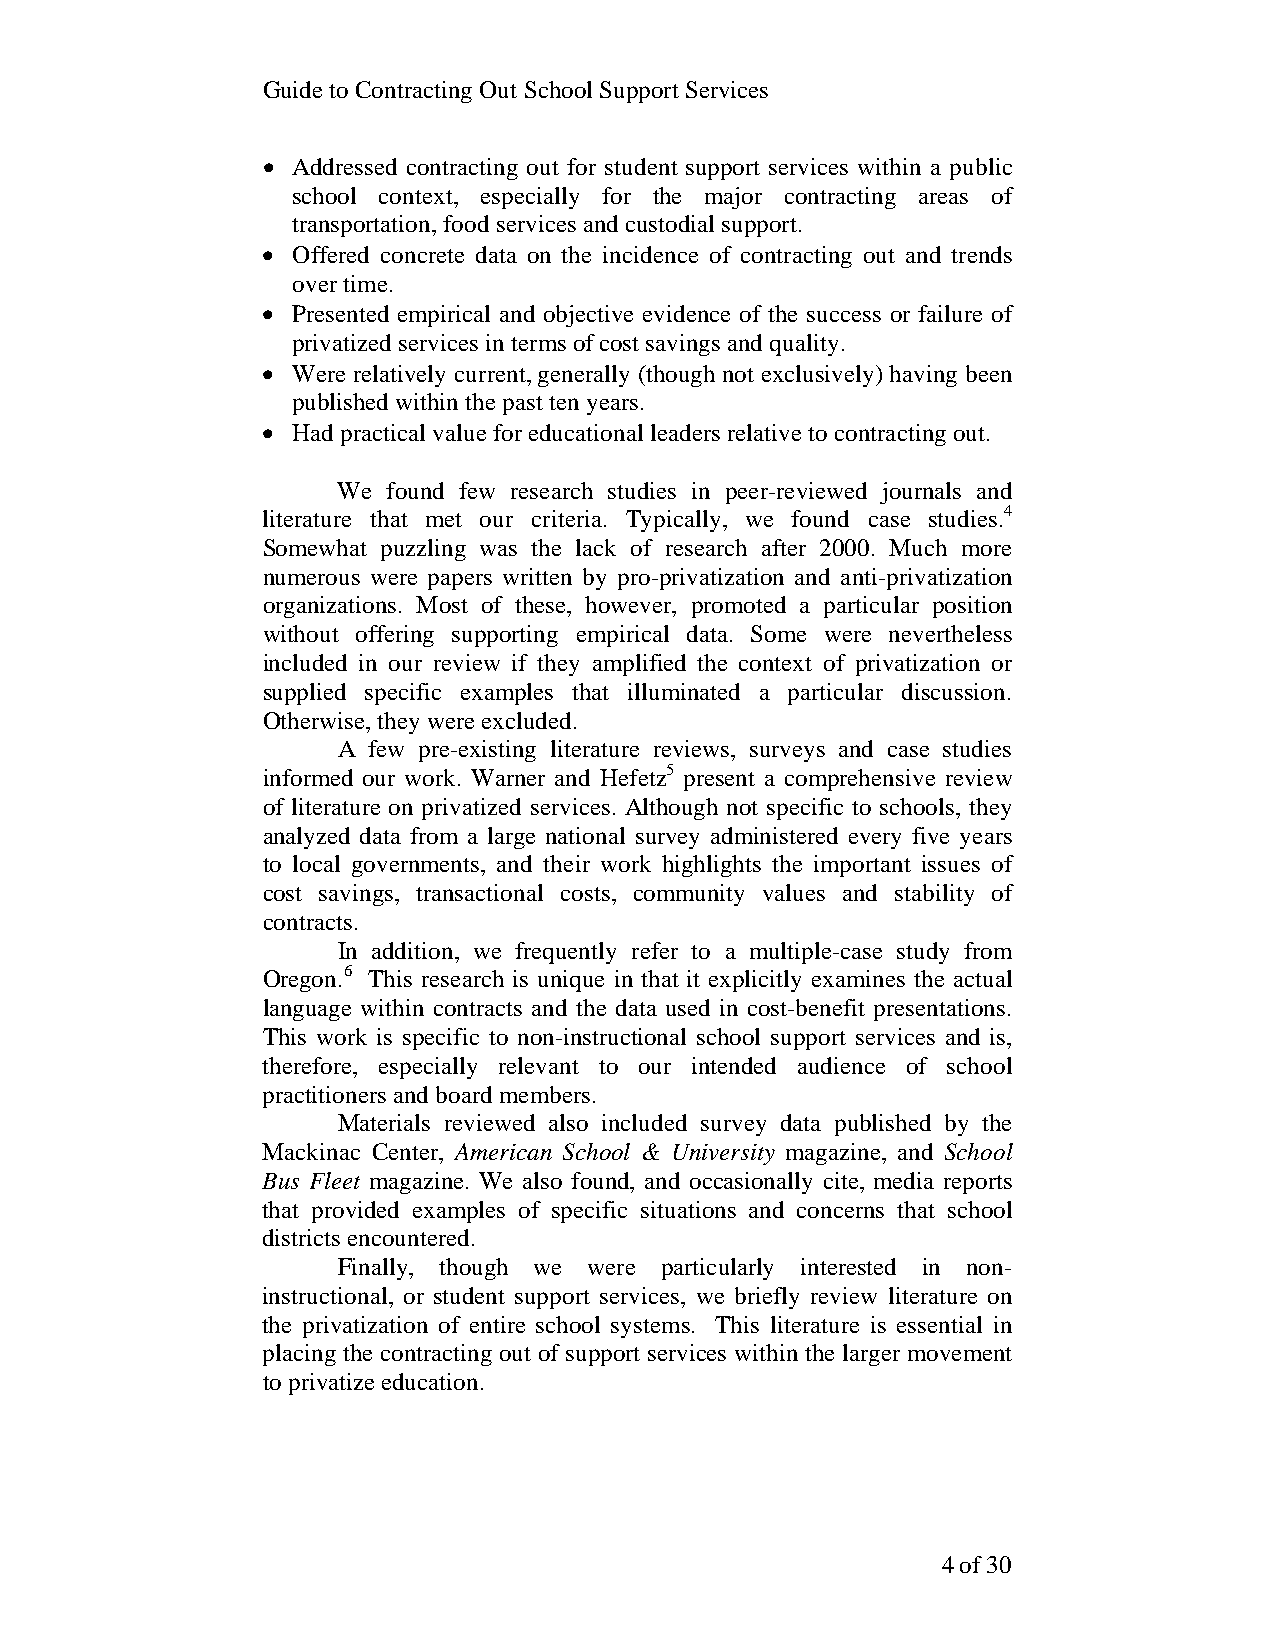
Guide to Contracting Out School Support Services
 • Addressed contracting out for student support services within a public
 school context, especially for the major contracting areas of
 transportation, food services and custodial support.
 • Offered concrete data on the incidence of contracting out and trends
 over time.
 • Presented empirical and objective evidence of the success or failure of
 privatized services in terms of cost savings and quality.
 • Were relatively current, generally (though not exclusively) having been
 published within the past ten years.
 • Had practical value for educational leaders relative to contracting out.
 We  found few research studies in peer-reviewed journals and
 literature that met our criteria. Typically, we found case studies.4
 Somewhat puzzling was the lack of research after 2000. Much more
 numerous were papers written by pro-privatization and anti-privatization
 organizations. Most of these, however, promoted a particular position
 without offering supporting empirical data. Some were nevertheless
 included in our review if they amplified the context of privatization or
 supplied specific examples that illuminated a particular discussion.
 Otherwise, they were excluded.
 A few pre-existing literature reviews, surveys and case studies
 informed our work. Warner and Hefetz5 present a comprehensive review
 of literature on privatized services. Although not specific to schools, they
 analyzed data from a large national survey administered every five years
 to local governments, and their work highlights the important issues of
 cost savings, transactional costs, community values and stability of
 contracts.
 In addition, we frequently refer to a multiple-case study from
 Oregon.6 This research is unique in that it explicitly examines the actual
 language within contracts and the data used in cost-benefit presentations.
 This work is specific to non-instructional school support services and is,
 therefore, especially relevant to our intended audience of school
 practitioners and board members.
 Materials reviewed also included survey data published by the
 Mackinac Center, American School & University magazine, and School
 Bus Fleet magazine. We also found, and occasionally cite, media reports
 that provided examples of specific situations and concerns that school
 districts encountered.
 Finally, though we were particularly interested in non-
 instructional, or student support services, we briefly review literature on
 the privatization of entire school systems. This literature is essential in
 placing the contracting out of support services within the larger movement
 to privatize education.
 4 of 30